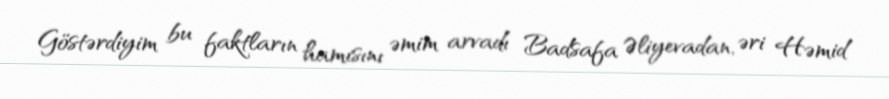
Göstərdiyim bu faktların hamısını əmim arvadı Badsafa Əliyevadan, əri Həmid